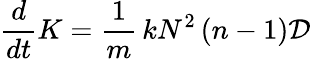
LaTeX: \frac{d}{dt}K=\frac{1}{m}\, kN^{2}\left(n-1\right)\mathcal{D}